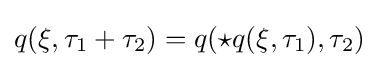
q(\xi ,\tau _{1}+\tau _{2})=q(\star q(\xi ,\tau _{1}),\tau _{2})